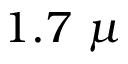
1 . 7 \ \mu